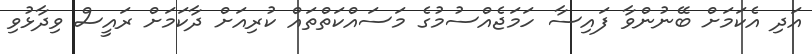
އަދި އެކަމަށް ބޭނުންވާ ފައިސާ ހަމަޖެއްސުމުގެ މަސައްކަތްތައް ކުރިއަށް ދާކަމަށް ރައީސް ވިދާޅުވި